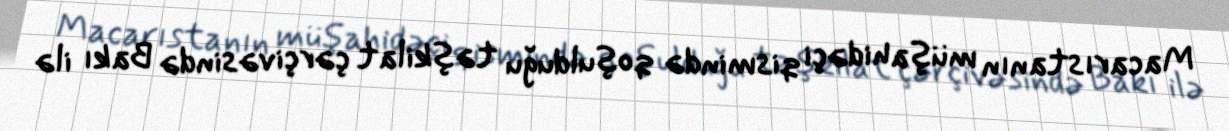
Macarıstanın müşahidəçi qismində qoşulduğu təşkilat çərçivəsində Bakı ilə